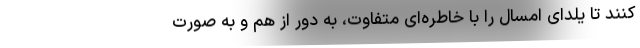
کنند تا یلدای امسال را با خاطره‌ای متفاوت، به دور از هم و به صورت